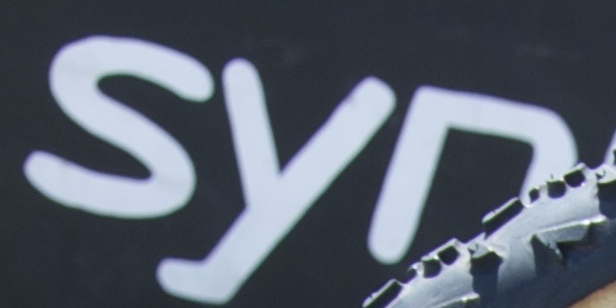
syn